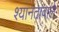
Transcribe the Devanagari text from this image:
श्यानतावाले